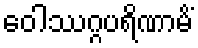
ဝေါဿဂ္ဂပရိဏာမိံ